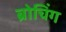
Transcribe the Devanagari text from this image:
ब्रोचिंग